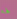
لها